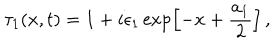
\tau _ { 1 } ( x , t ) = 1 + i \epsilon _ { 1 } \exp \left[ - x + \frac { a _ { 1 } } { 2 } \right] \, ,